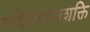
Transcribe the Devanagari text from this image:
रुधिरक्षेपणशक्ति